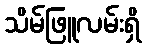
သိမ်ဖြူလမ်းရှိ